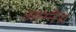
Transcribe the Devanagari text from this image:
आग्नॆय